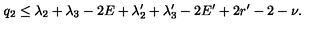
q _ { 2 } \le \lambda _ { 2 } + \lambda _ { 3 } - 2 E + \lambda _ { 2 } ^ { \prime } + \lambda _ { 3 } ^ { \prime } - 2 E ^ { \prime } + 2 r ^ { \prime } - 2 - \nu .